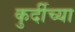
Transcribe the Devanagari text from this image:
कुर्दीच्या